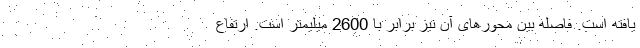
یافته است. فاصله بین محورهای آن نیز برابر با 2600 میلیمتر است. ارتفاع